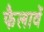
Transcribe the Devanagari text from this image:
फैलावें